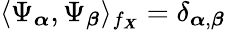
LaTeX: \langle\Psi_{\boldsymbol{\alpha}},\Psi_{\boldsymbol{\beta}}\rangle_{f_{\boldsymbol{X}}}=\delta_{\boldsymbol{\alpha},\boldsymbol{\beta}}